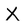
Character: X